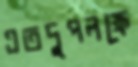
এতদুপলক্ষে